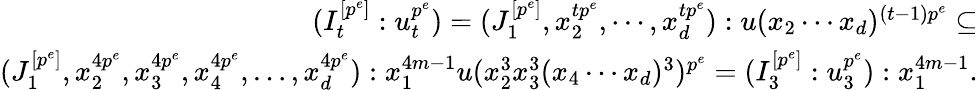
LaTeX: \begin{array}{r}{(I_{t}^{[p^{e}]}:u_{t}^{p^{e}})=(J_{1}^{[p^{e}]},x_{2}^{tp^{e}},\cdots,x_{d}^{tp^{e}}):u(x_{2}\cdots x_{d})^{(t-1)p^{e}}\subseteq}\\ {(J_{1}^{[p^{e}]},x_{2}^{4p^{e}},x_{3}^{4p^{e}},x_{4}^{4p^{e}},\ldots,x_{d}^{4p^{e}}):x_{1}^{4m-1}u(x_{2}^{3}x_{3}^{3}(x_{4}\cdots x_{d})^{3})^{p^{e}}=(I_{3}^{[p^{e}]}:u_{3}^{p^{e}}):x_{1}^{4m-1}.}\end{array}